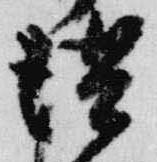
供